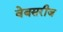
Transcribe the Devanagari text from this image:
वेबसरीज